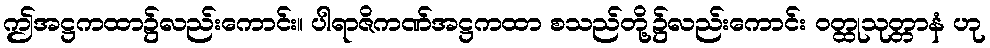
ဤအဋ္ဌကထာ၌လည်းကောင်း။ ပါရာဇိကဏ်အဋ္ဌကထာ စသည်တို့၌လည်းကောင်း ဝတ္ထုသုတ္တာနံ ဟု